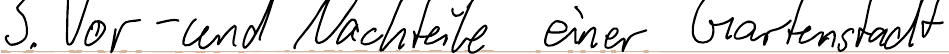
3. Vor- und Nachteile einer Gartenstadt